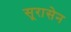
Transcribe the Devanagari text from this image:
सूरासेन